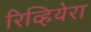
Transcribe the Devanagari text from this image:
रिव्हियेरा